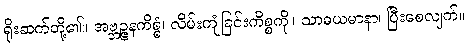
ရိုးဆက်တို့၏။ အဗ္ဘဉ္ဇနကိစ္စံ၊ လိမ်းကျံခြင်းကိစ္စကို။ သာဓယမာနာ၊ ပြီးစေလျက်။